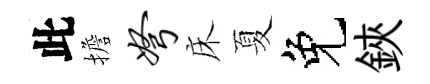
此擔弩床夏免鋏